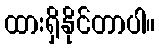
ထားရှိနိုင်တာပါ။